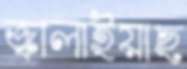
জ্বালাইয়াছ